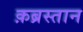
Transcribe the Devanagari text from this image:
क़ब्रस्तान